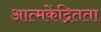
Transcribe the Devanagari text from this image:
आत्मकेंद्रितता